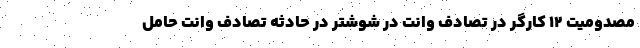
مصدومیت ۱۲ کارگر در تصادف وانت در شوشتر در حادثه تصادف وانت حامل